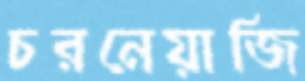
চরনেয়াজি